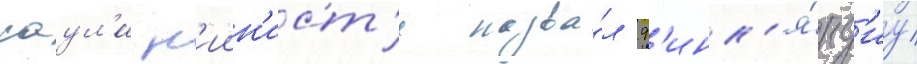
саул'и н'иин'ист'е назва́л ф'инл'я́нд'иу